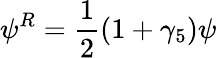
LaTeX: \psi^{R}={\frac{1}{2}}(1+\gamma_{5})\psi